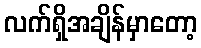
လက်ရှိအချိန်မှာတော့